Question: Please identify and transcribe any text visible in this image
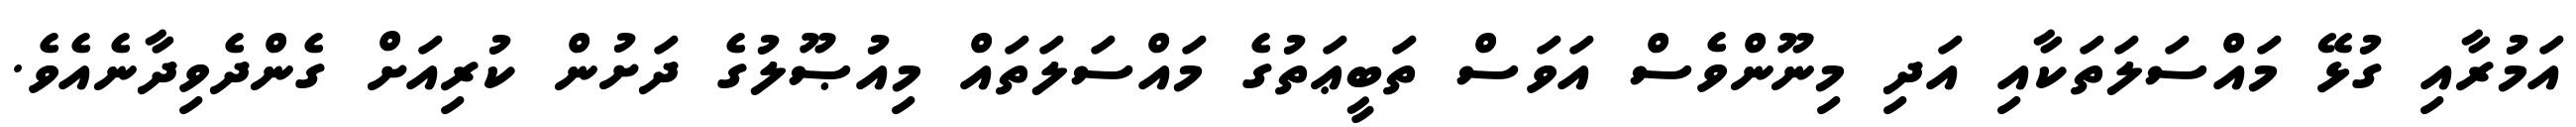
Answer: އަމުރާއި ގުޅޭ މައްސަލަތަކާއި އަދި މިނޫންވެސް އަވަސް ތަބީޢަތުގެ މައްސަލަތައް މިއުޞޫލުގެ ދަށުން ކުރިއަށް ގެންދެވިދާނެއެވެ.